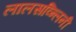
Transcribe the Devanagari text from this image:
लालसव्न्लिनी